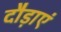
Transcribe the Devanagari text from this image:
दौड़ाएं